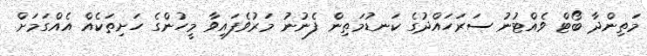
މަތިންދާ ބޯޓް ވެއްޓުނު ސަރަހައްދުގެ ކަނޑުމަތިން ފެނުނު މަރުވެފައިވާ މީހުންގެ ހަށިތަކެއް އެއްގަމަށް